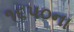
૧૬૫૦ના